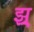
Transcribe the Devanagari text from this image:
झ्र्